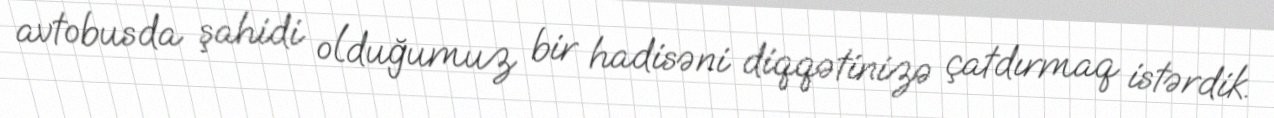
avtobusda şahidi olduğumuz bir hadisəni diqqətinizə çatdırmaq istərdik.